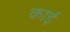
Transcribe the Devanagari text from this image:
काईं